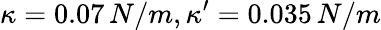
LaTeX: \kappa=0.07\, N/m,\kappa^{\prime}=0.035\, N/m